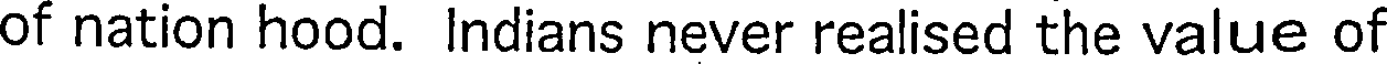
of nation hood. Indians never realised the value of